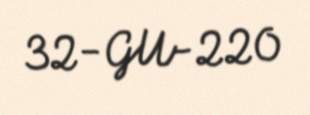
32-GU-220